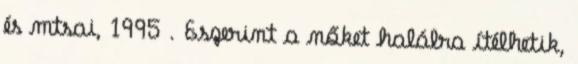
és mtsai, 1995 . Eszerint a nőket halálra ítélhetik,